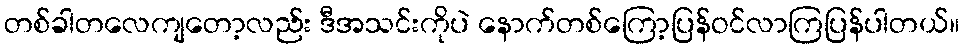
တစ်ခါတလေကျတော့လည်း ဒီအသင်းကိုပဲ နောက်တစ်ကြော့ပြန်ဝင်လာကြပြန်ပါတယ်။